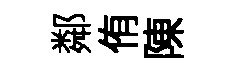
鄰侑陳